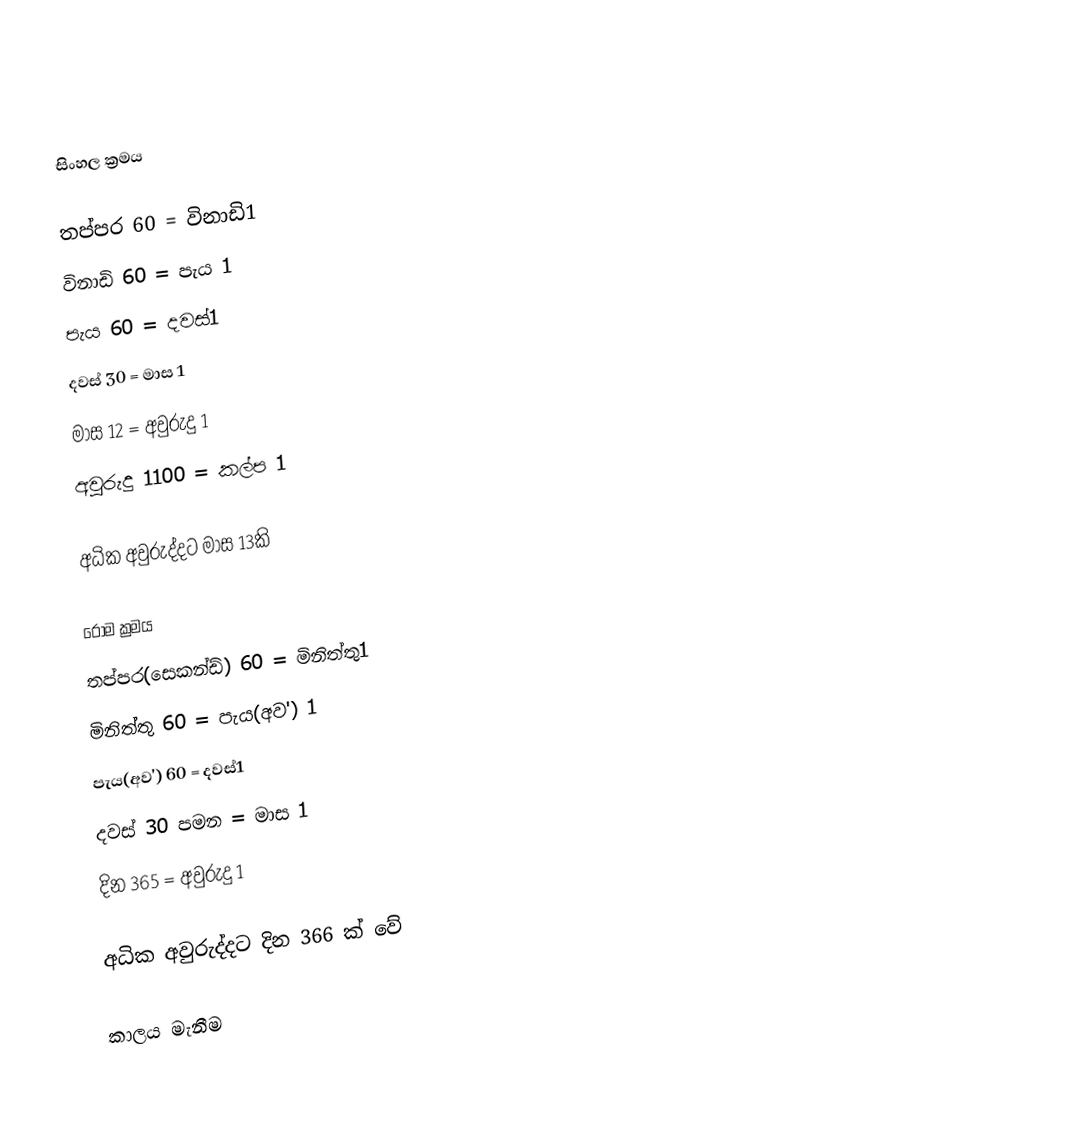

සිංහල ක්‍රමය

තප්පර 60 =  විනාඩි1
විනාඩි 60 = පැය 1
පැය 60 = දවස්1
දවස් 30 = මාස 1
මාස 12 = අවුරුදු 1
අවුරුදු  1100 = කල්ප 1

අධික අවුරුද්දට මාස 13කි

රෝම ක්‍රමය
තප්පර(සෙකන්ඩ්) 60 =  මිනිත්තු1
මිනිත්තු 60 = පැය(අව') 1
පැය(අව') 60 = දවස්1
දවස් 30 පමන = මාස 1
දින 365 = අවුරුදු 1

 අධික අවුරුද්දට දින 366 ක් වේ

කාලය මැනීම